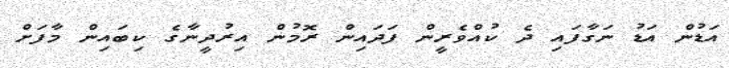
އަޑުން އަޑު ނަގާފައި ދެ ކުއްވެރީން ފަދައިން ރޮމުން އިރުދީނާގެ ކިބައިން މާފަށް